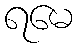
ရမေ